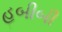
હબીબી